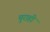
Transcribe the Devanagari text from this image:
चुराही